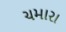
ચમારા